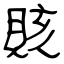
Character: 賅